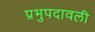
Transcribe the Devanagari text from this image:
प्रभुपदावली